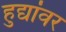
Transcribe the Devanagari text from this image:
हुद्यांवर